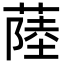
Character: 𦸐